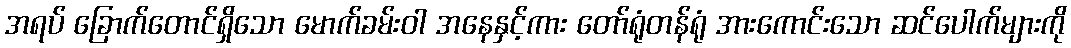
အရပ် ခြောက်တောင်ရှိသော မောက်ခမ်းဝါ အနေနှင့်ကား တော်ရုံတန်ရုံ အားကောင်းသော ဆင်ပေါက်များကို